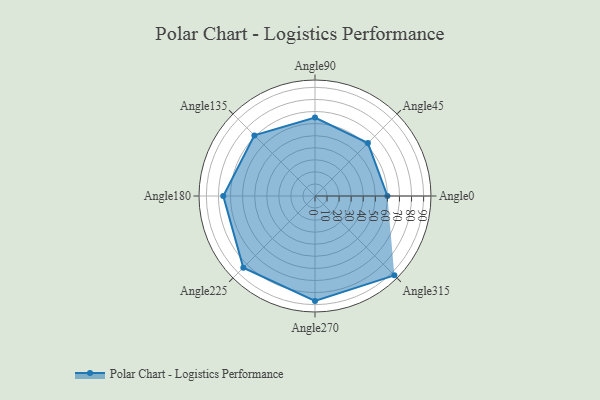
{"axis": {"x": "Angle", "y": "Radius"}, "legend": [""], "data": [{"x": "Angle0", "y": 60.0, "type": ""}, {"x": "Angle45", "y": 62.0, "type": ""}, {"x": "Angle90", "y": 65.0, "type": ""}, {"x": "Angle135", "y": 71.0, "type": ""}, {"x": "Angle180", "y": 76.0, "type": ""}, {"x": "Angle225", "y": 84.0, "type": ""}, {"x": "Angle270", "y": 87.0, "type": ""}, {"x": "Angle315", "y": 93.0, "type": ""}]}